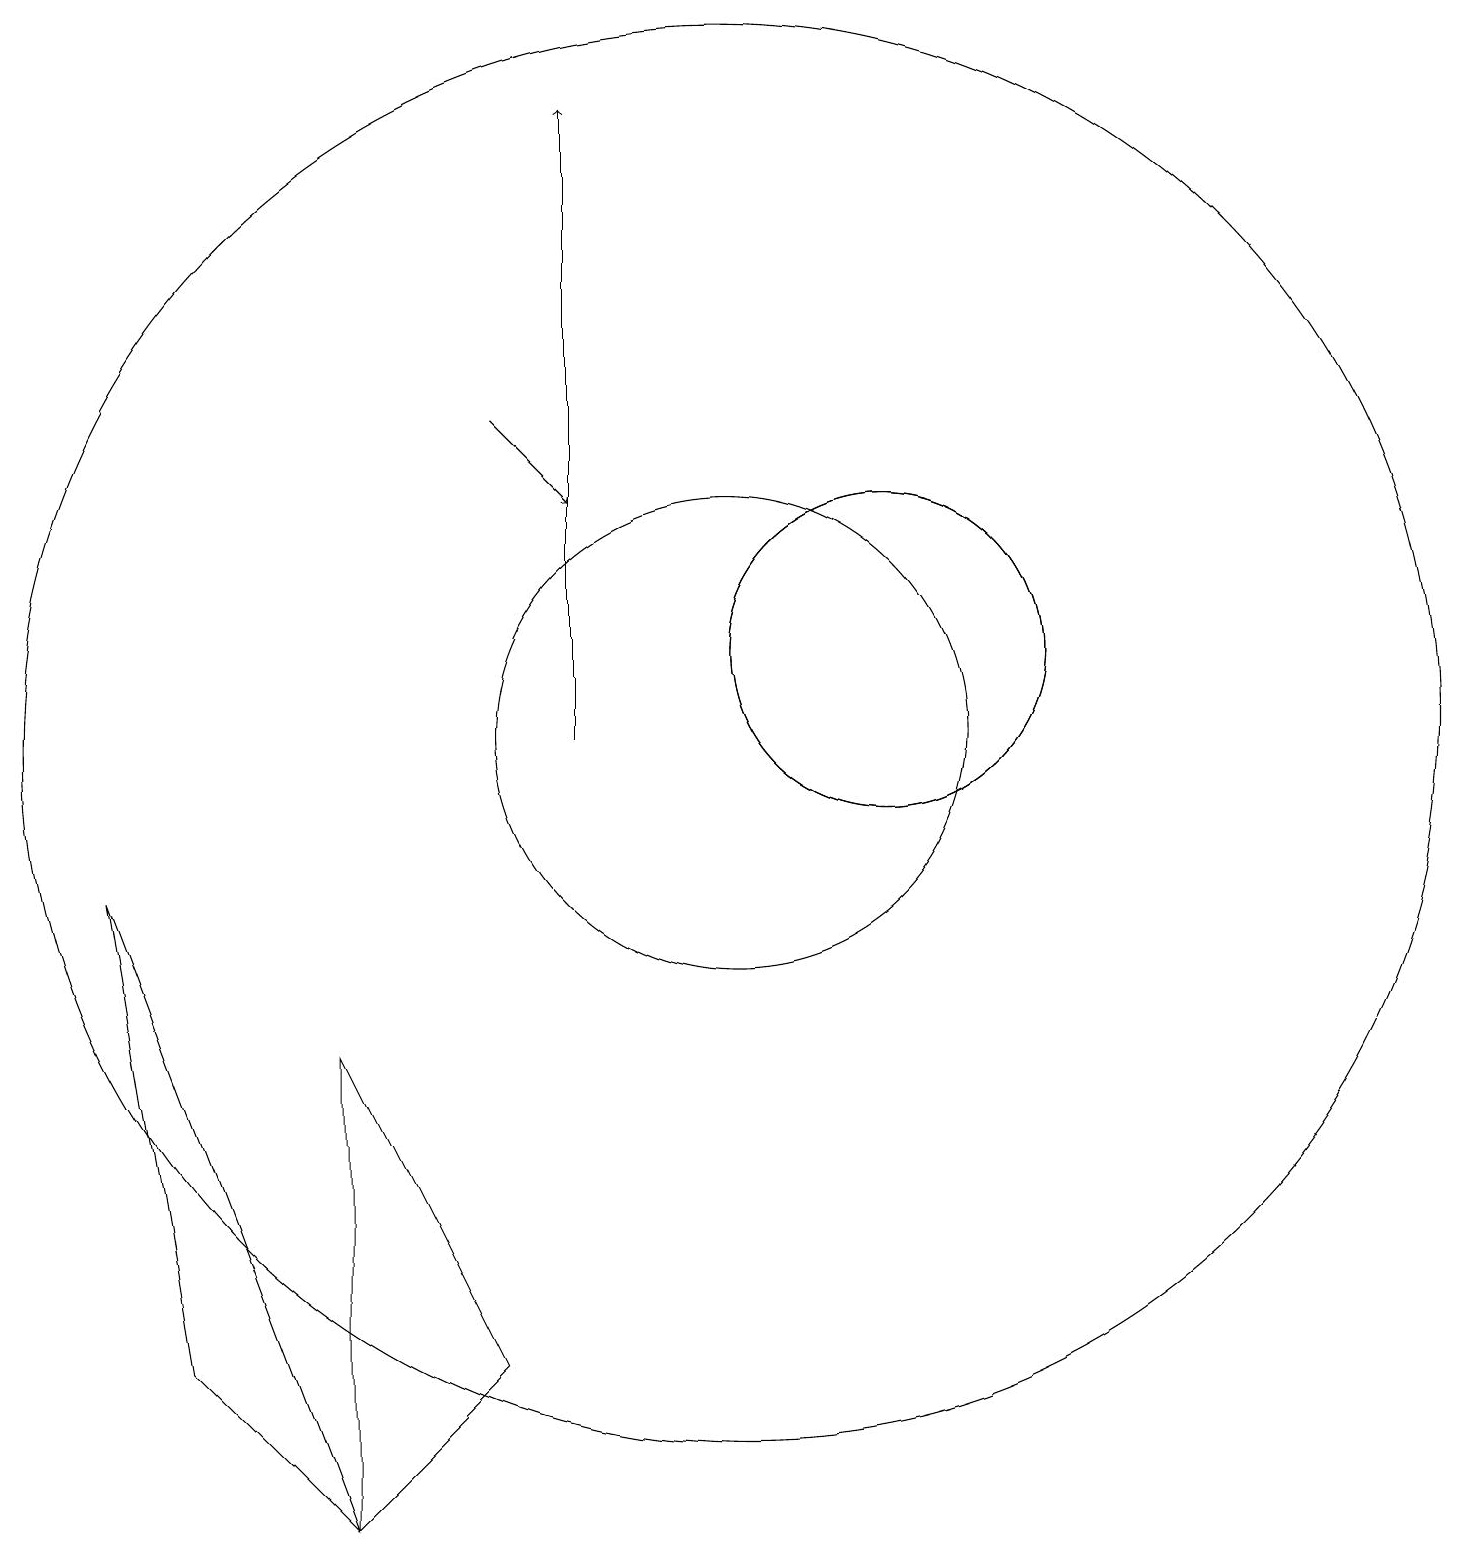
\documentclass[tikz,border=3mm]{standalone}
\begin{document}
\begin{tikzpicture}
\draw (5,0) -- (5,6) -- (7,2) -- cycle;
\draw (10,10) circle (3);
\draw (12,11) circle (2);
\draw (12,11) circle (2);
\draw[->] (8,10) -- (8,18);
\draw[->] (7,14) -- (8,13);
\draw (10,10) circle (9);
\draw (2,8) -- (3,2) -- (5,0) -- cycle;
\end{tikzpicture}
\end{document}